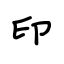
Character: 印